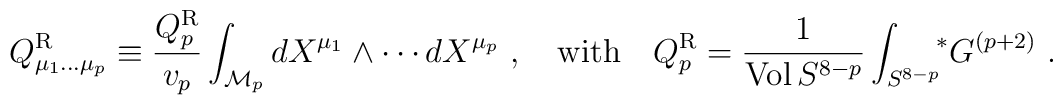
Q^{\rm R}_{\mu_1\dots\mu_p}\equiv  {Q^{\rm R}_p\over v_p}\int_{{\cal M}_p} dX^{\mu_1}\wedge\cdots dX^{\mu_p} \ ,\quad {\rm with}\quad Q_p^{\rm R}={1\over {\rm Vol}\, S^{8-p}}\int_{S^{8-p}}\!\! {}^*G^{(p+2)}\ .